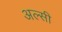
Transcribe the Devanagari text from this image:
अल्सी